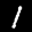
Label: 1